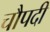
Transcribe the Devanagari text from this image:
चौपदी